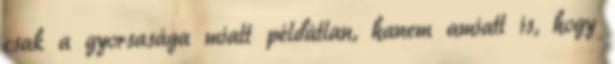
csak a gyorsasága miatt példátlan, hanem amiatt is, hogy